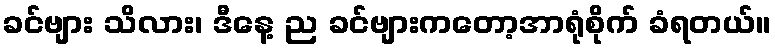
ခင်ဗျား သိလား၊ ဒီနေ့ ည ခင်ဗျားကတော့အာရုံစိုက် ခံရတယ်။